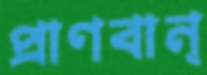
প্রাণবান্‌